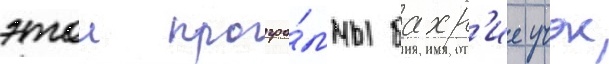
этои програ́ммы бахр'ие учок